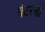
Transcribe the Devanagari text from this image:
वेटरची